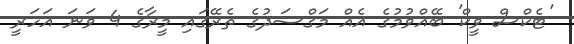
'ޓެކްސް ވީކް' ބޭއްވުމުގެ އެއް މަޤްސަދުގެ ތެރޭގައި މީރާގެ 4 ވަނަ އަހަރީ